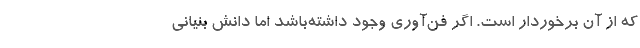
که از آن برخوردار است. اگر فن‌آوری وجود داشته‌باشد اما دانش بنیانی